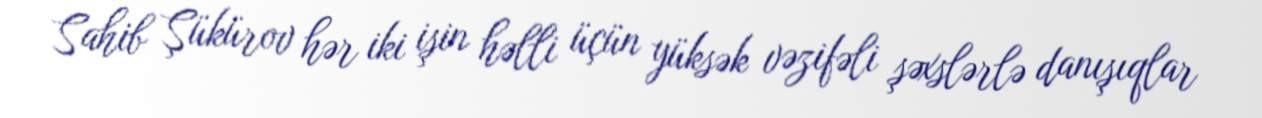
Sahib Şükürov hər iki işin həlli üçün yüksək vəzifəli şəxslərlə danışıqlar